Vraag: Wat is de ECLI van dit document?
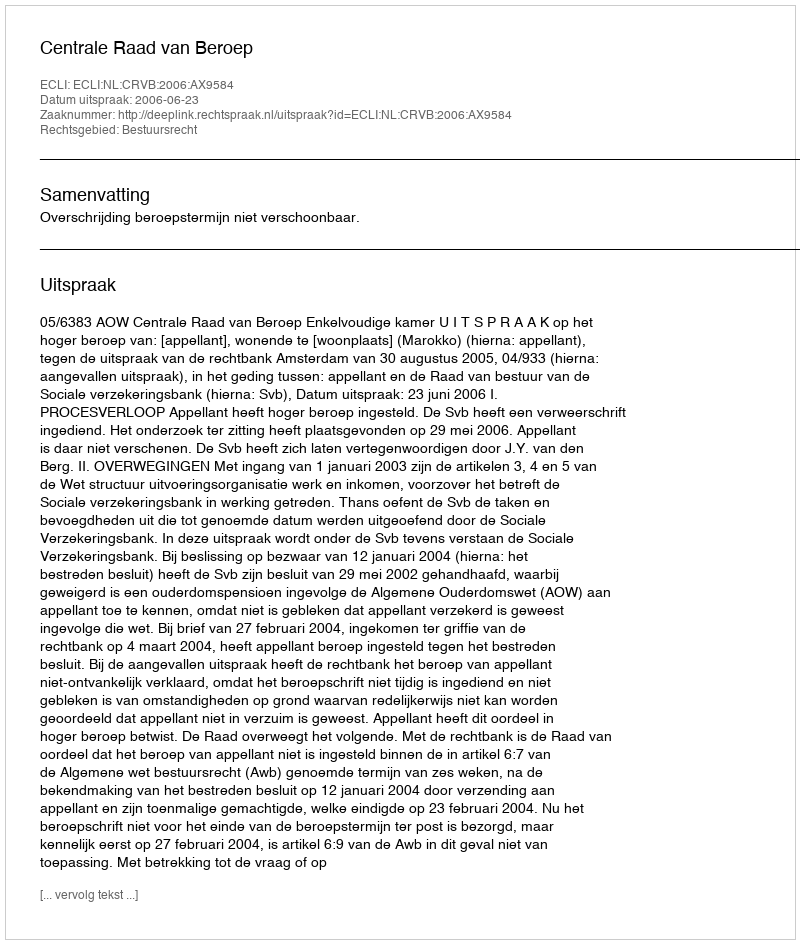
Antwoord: ECLI:NL:CRVB:2006:AX9584